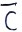
Text: C